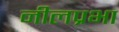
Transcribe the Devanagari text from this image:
नीलप्रभा